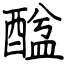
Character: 䤈